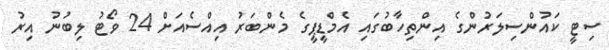
ސިޓީ ކައުންސިލަރުންގެ އިންތިހާބުގައި އެމްޑީޕީގެ މެންބަރު އިއްސެއަށް 24 ވޯޓު ލިބުނު އިރު